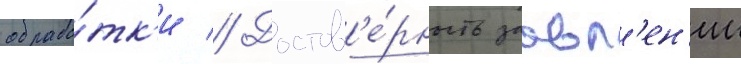
обрабо́тк'и // Достов'е́рность заавл'ен'ии